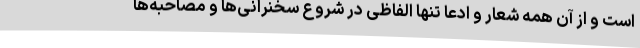
است و از آن همه شعار و ادعا تنها الفاظی در شروع سخنرانی‌ها و مصاحبه‌ها